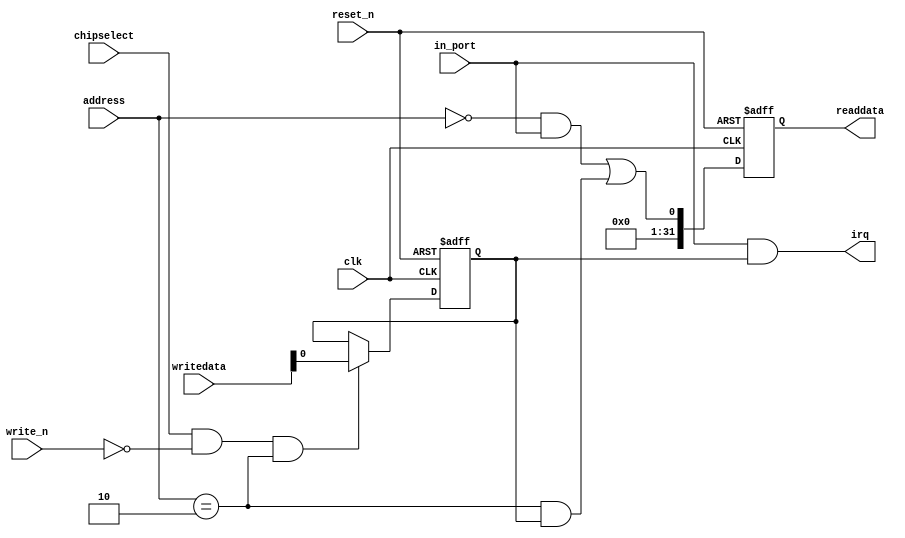
module usb_nint (
                  // inputs:
                   address,
                   chipselect,
                   clk,
                   in_port,
                   reset_n,
                   write_n,
                   writedata,

                  // outputs:
                   irq,
                   readdata
                )
;

  output           irq;
  output  [ 31: 0] readdata;
  input   [  1: 0] address;
  input            chipselect;
  input            clk;
  input            in_port;
  input            reset_n;
  input            write_n;
  input   [ 31: 0] writedata;

  wire             clk_en;
  wire             data_in;
  wire             irq;
  reg              irq_mask;
  wire             read_mux_out;
  reg     [ 31: 0] readdata;
  assign clk_en = 1;
  //s1, which is an e_avalon_slave
  assign read_mux_out = ({1 {(address == 0)}} & data_in) |
    ({1 {(address == 2)}} & irq_mask);

  always @(posedge clk or negedge reset_n)
    begin
      if (reset_n == 0)
          readdata <= 0;
      else if (clk_en)
          readdata <= {{{32 - 1}{1'b0}},read_mux_out};
    end


  assign data_in = in_port;
  always @(posedge clk or negedge reset_n)
    begin
      if (reset_n == 0)
          irq_mask <= 0;
      else if (chipselect && ~write_n && (address == 2))
          irq_mask <= writedata;
    end


  assign irq = |(data_in      & irq_mask);

endmodule